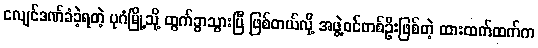
ငလျင်ဒဏ်ခံခဲ့ရတဲ့ ပုဂံမြို့သို့ ထွက်ခွာသွားပြီ ဖြစ်တယ်လို့ အဖွဲ့ဝင်တစ်ဦးဖြစ်တဲ့ ထားထက်ထက်က